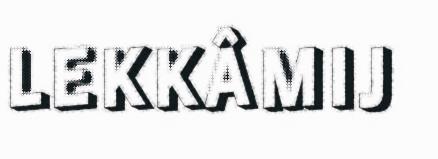
LEKKÂMIJ